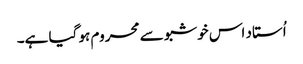
اُستاد اس خوشبو سے محروم ہو گیا ہے۔